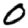
Digit: 0